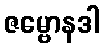
ဇမ္ဗောနဒါ